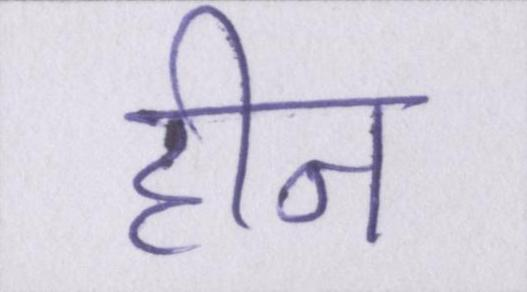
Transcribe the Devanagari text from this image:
हीन